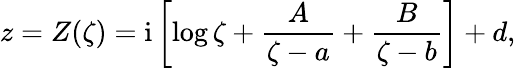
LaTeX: z=Z(\zeta)=\mathrm{i}\left[\log\zeta+\frac{A}{\zeta-a}+\frac{B}{\zeta-b}\right]+d,